Lunatic asylums Punjab 1895-1910 - 1895-1910
Year: 1895
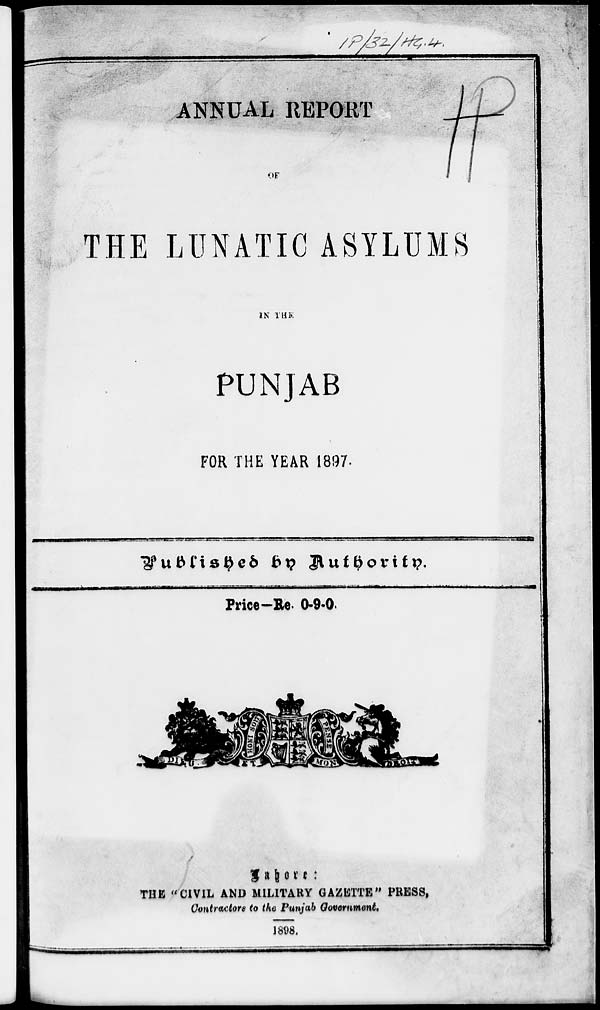
ANNUAL REPORT
OF
THE LUNATIC ASYLUMS
IN THE
PUNJAB
FOR THE YEAR 1897.
Published
by
Authority.
Price-Re. 0-9-0.
Lahore
:
THE "CIVIL AND MILITARY GAZETTE" PRESS,
Contractors to the Punjab Government.
1898.